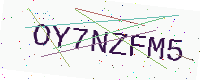
Text: OY7NZFM5